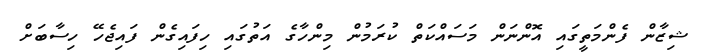
ޝިޒާން ފެންމަތީގައި އޮންނަން މަސައްކަތް ކުރަމުން މިންހާގެ އަތުގައި ހިފައިގެން ފައިޖެހޭ ހިސާބަށް